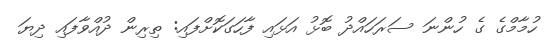
ހުމާމްގެ ގެ ހުންނަ ސަރަހައްދު ބޮޅު އަޅައި ފާހަގަކޮށްފައި: ތިރިން ދުއްވާފައި ދިޔަ